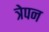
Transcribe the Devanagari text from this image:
त्रेपन